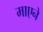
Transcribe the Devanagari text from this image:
माएने